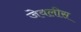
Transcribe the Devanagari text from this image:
जेवलीस